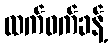
ထက်ဝက်ခန့်